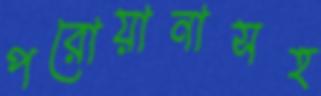
পরোয়ানাসহ